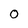
Character: O